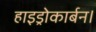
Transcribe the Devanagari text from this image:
हाइड्रोकार्बन।